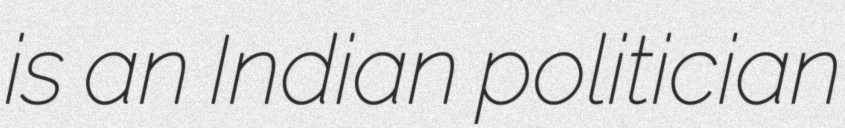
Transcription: is an Indian politician